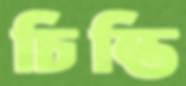
চিন্তি